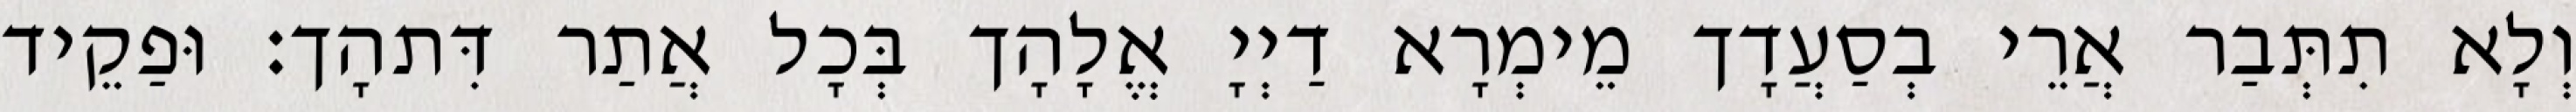
וְלָא תִתְּבַר אֲרֵי בְסַעֲדָך מֵימְרָא דַיְיָ אֱלָהָך בְּכָל אֲתַר דִּתהָך׃ וּפַקֵיד